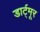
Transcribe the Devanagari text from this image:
डार्ट्मूर